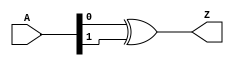
module xor_2in_v (
  input [1:0] A,
  output Z
  );

  xor(Z, A[0], A[1]);

endmodule //and_2in_v